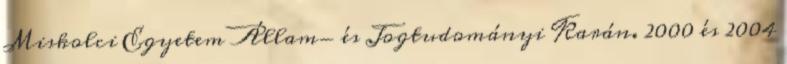
Miskolci Egyetem Állam- és Jogtudományi Karán. 2000 és 2004